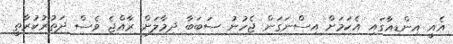
އެއީ އިންޑިއާގައި އެކަމަށް އިސްނަގަން ޖެހުނު ސަބަބާ ދިމާލަށް ރާއްޖެ ވެސް ދަތުރުކުރާތީ